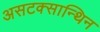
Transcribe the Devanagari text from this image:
असटक्सान्थिन